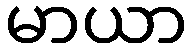
မာယာ